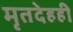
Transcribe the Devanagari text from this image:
मृतदेहही